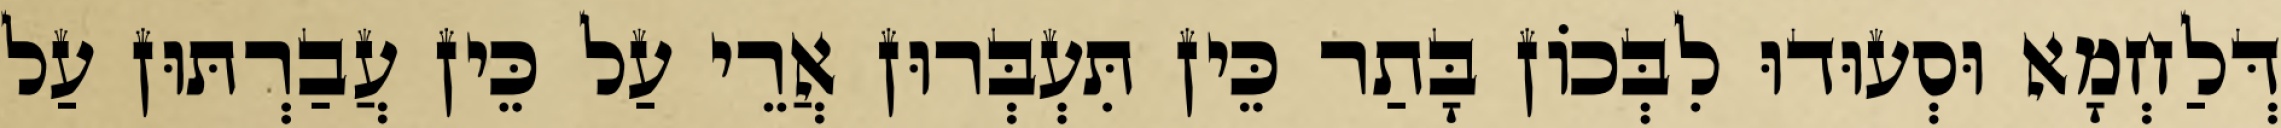
דְּלַחְמָא וּסְעוּדוּ לִבְּכוֹן בָּתַר כֵּין תִּעְבְּרוּן אֲרֵי עַל כֵּין עֲבַרְתּוּן עַל